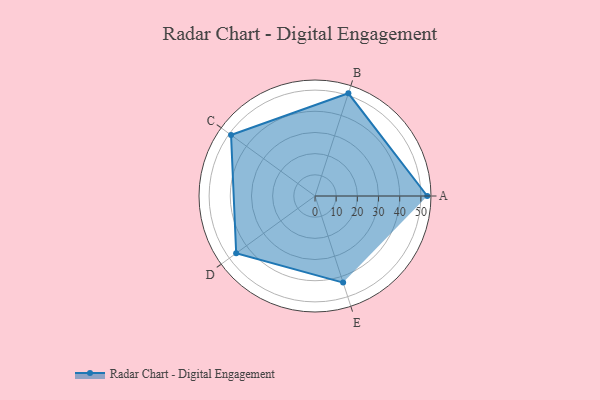
{"axis": {"x": "Skill", "y": "Score"}, "legend": ["Profile"], "data": [{"x": "A", "y": 53.0, "type": "Profile"}, {"x": "B", "y": 51.0, "type": "Profile"}, {"x": "C", "y": 49.0, "type": "Profile"}, {"x": "D", "y": 46.0, "type": "Profile"}, {"x": "E", "y": 43.0, "type": "Profile"}]}